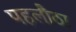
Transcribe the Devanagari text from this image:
पहलौठा